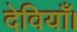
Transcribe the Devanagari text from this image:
देवियाँ।